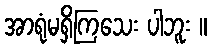
အာရုံမရှိကြသေး ပါဘူး ။